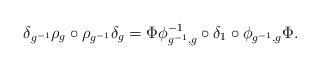
LaTeX: \begin{align*}\delta_{g^{-1}} \rho_g \circ \rho_{g^{-1}} \delta_g = \Phi \phi_{g^{-1},g}^{-1} \circ \delta_1 \circ \phi_{g^{-1},g} \Phi. \end{align*}